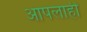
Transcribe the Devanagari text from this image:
आपलाही